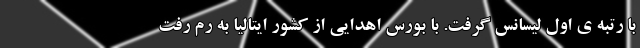
با رتبه ی اول لیسانس گرفت. با بورس اهدایی از کشور ایتالیا به رم رفت